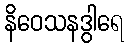
နိဝေသနဒွါရေ